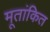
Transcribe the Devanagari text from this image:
मूतांकित